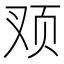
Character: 𲊹